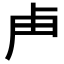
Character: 𭅰